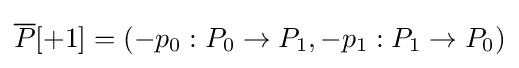
{\overline {P}}[+1]=(-p_{0}:P_{0}\to P_{1},-p_{1}:P_{1}\to P_{0})